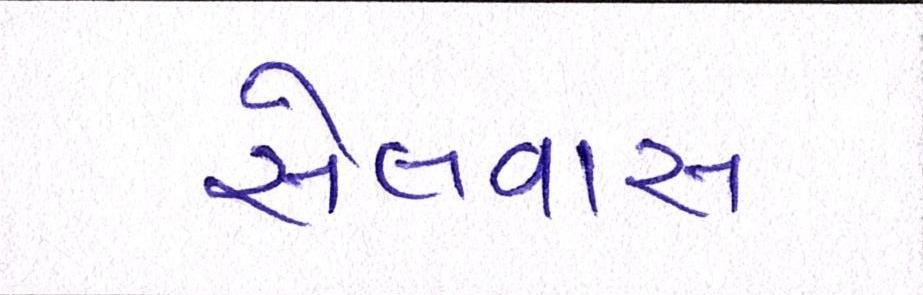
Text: સેલવાસ